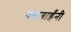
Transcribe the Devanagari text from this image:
गंगाबाईंनी